Scottish Leaving Certificate Examination, 1960
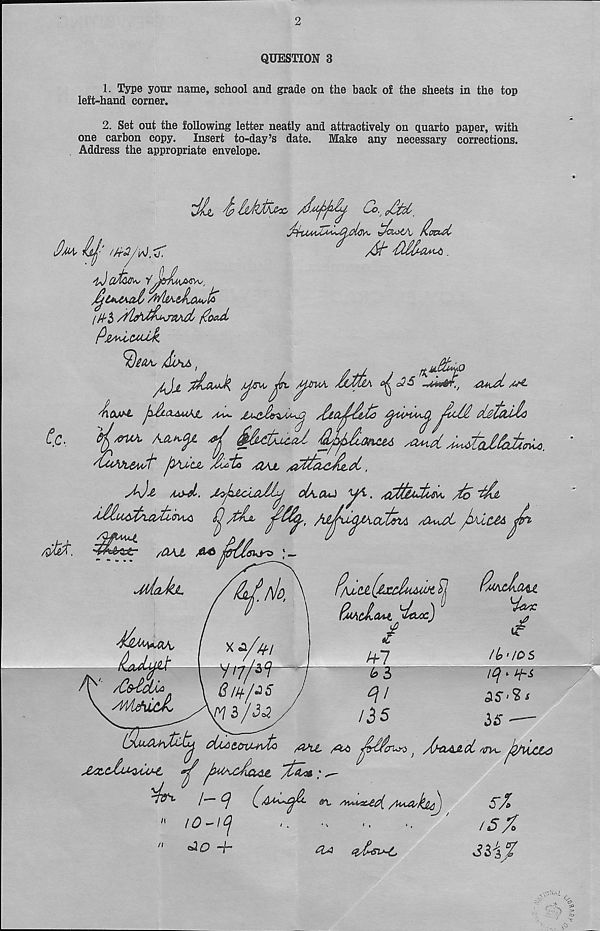
QUESTION 3
1. Type your name, school and grade on the hack of the sheets in the top
left-hand corner.
2. Set out the following letter neatly and attractively on quarto paper, with
one carbon copy.
Insert to-day’s date.
Make any necessary corrections.
Address the appropriate envelope.
^
Co.' pCt'd''
'OMA .
PtA^Wik
/iihM ;
^
PiOJ^t p&CLMAL /U*.
/Pld/APC
jPaIC CCtzilc
^ S^tCtcal d'^^AohCU /O^ui A^ClalPctcr^.
'PPuajiauP' jyCcji %rfc /&AJL / &tP&£Jlt0L,
AJa Aj>A, J<yJzjlaJllLj ol\,CUZ y^i. jCtfcUdiQA /l!o
J.Mu^tCaytl<TVL^
jj ytPji
/C^ut JyCcM
$
Pm^QAI
(macPcui
/
^
I to >10$
iq> AT
bts
^
r^oc. /«^o
) /i/tMLKtc ^>u jz/VjC&C
■t
^ I^UAoia^Jt 'X&te:
l~~ P
(^AaCj^Cl n, smssuc{ /u^a/kjiPj
C/t>
"
rO-itj
■.
y
/JX
n
A
tu
cACv~l
3$ij£